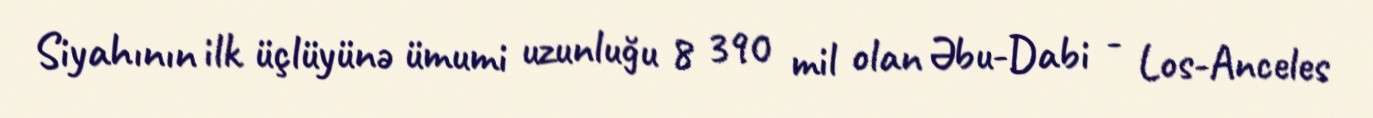
Siyahının ilk üçlüyünə ümumi uzunluğu 8 390 mil olan Əbu-Dabi - Los-Anceles